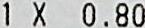
1 X 0.80